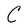
Character: C